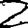
Digit: 2